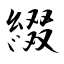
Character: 綴